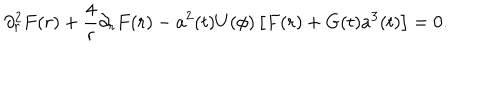
\partial _ { r } ^ { 2 } F ( r ) + \frac 4 { r } \partial _ { r } F ( r ) - a ^ { 2 } ( t ) U ( \phi ) \left[ F ( r ) + G ( t ) a ^ { 3 } ( t ) \right] = 0 .